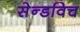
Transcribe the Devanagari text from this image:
सेन्डविच